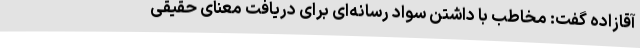
آقازاده گفت: مخاطب با داشتن سواد رسانه‌ای برای دریافت معنای حقیقی